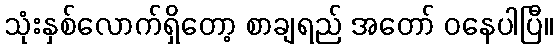
သုံးနှစ်လောက်ရှိတော့ စာချရည် အတော် ဝနေပါပြီ။